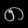
Digit: ၈